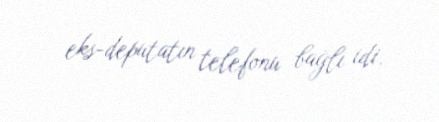
eks-deputatın telefonu bağlı idi.